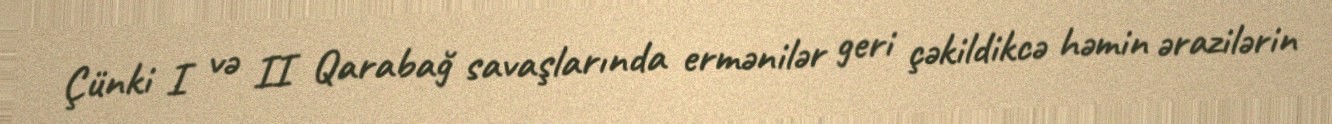
Çünki I və II Qarabağ savaşlarında ermənilər geri çəkildikcə həmin ərazilərin